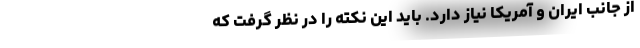
از جانب ایران و آمریکا نیاز دارد. باید این نکته را در نظر گرفت که